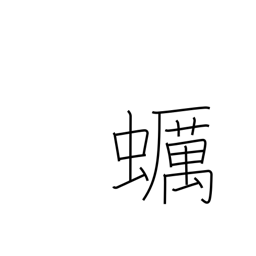
Meaning: oyster